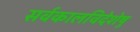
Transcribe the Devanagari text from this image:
सर्वकालविदेशेषु